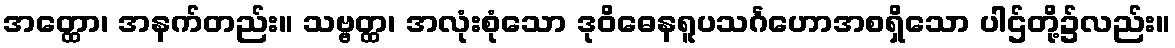
အတ္ထော၊ အနက်တည်း။ သဗ္ဗတ္ထ၊ အလုံးစုံသော ဒုဝိဓေနရူပသင်္ဂဟောအစရှိသော ပါဌ်တို့၌လည်း။